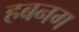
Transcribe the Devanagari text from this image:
हबनग